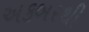
અકબરથી